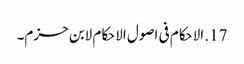
17. الاحکام فی اصول الاحکام لابن حزم۔